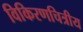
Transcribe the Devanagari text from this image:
विकिरणचित्रीय